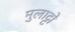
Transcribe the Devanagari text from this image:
मुलाट्टो